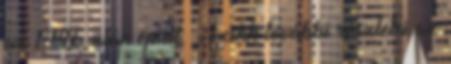
az 1946 után épült. A cikk további részletei az